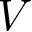
V